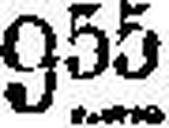
955